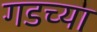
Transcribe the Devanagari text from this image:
गडच्या